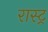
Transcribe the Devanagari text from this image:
रास्ट्र